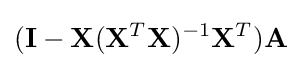
(\mathbf {I} -\mathbf {X} (\mathbf {X} ^{T}\mathbf {X} )^{-1}\mathbf {X} ^{T})\mathbf {A}